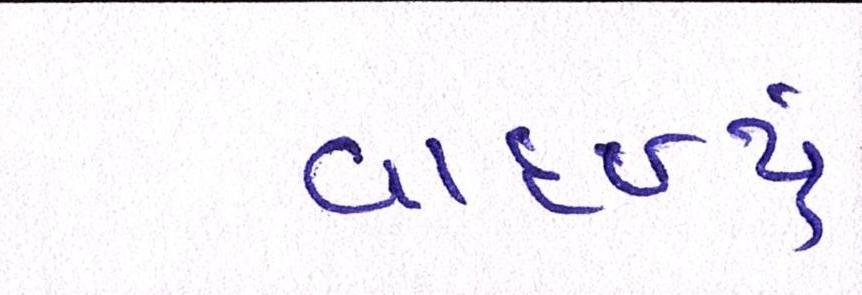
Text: વાદળ્યું